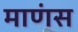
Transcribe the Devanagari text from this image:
माणंस